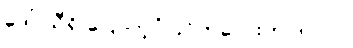
ဒေါ် သီရိ ပြောတဲ့ပုံပြင်ကလေးက ဒါပါပဲ။